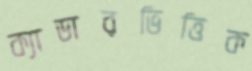
ক্যাডারভিত্তিক